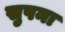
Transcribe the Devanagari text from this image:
सुपना